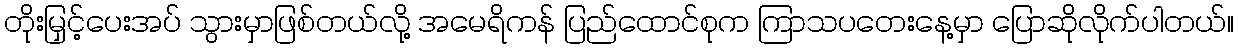
တိုးမြှင့်ပေးအပ် သွားမှာဖြစ်တယ်လို့ အမေရိကန် ပြည်ထောင်စုက ကြာသပတေးနေ့မှာ ပြောဆိုလိုက်ပါတယ်။